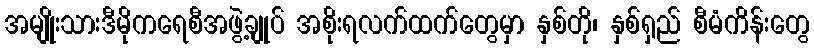
အမျိုးသားဒီမိုကရေစီအဖွဲ့ချုပ် အစိုးရလက်ထက်တွေမှာ နှစ်တို၊ နှစ်ရှည် စီမံကိန်းတွေ